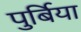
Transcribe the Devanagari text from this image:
पुर्बिया